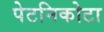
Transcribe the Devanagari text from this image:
पेटनिकोटा